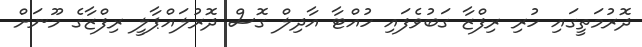
ދޮރުމަތީގައި ހުރި ރިފްޒާ ގަބުވެފައި ހުއްޓާ އާދިލް ގޮސް ދޮރުލައްޕާލީ ރިފްޒާގެ މޫނަށް